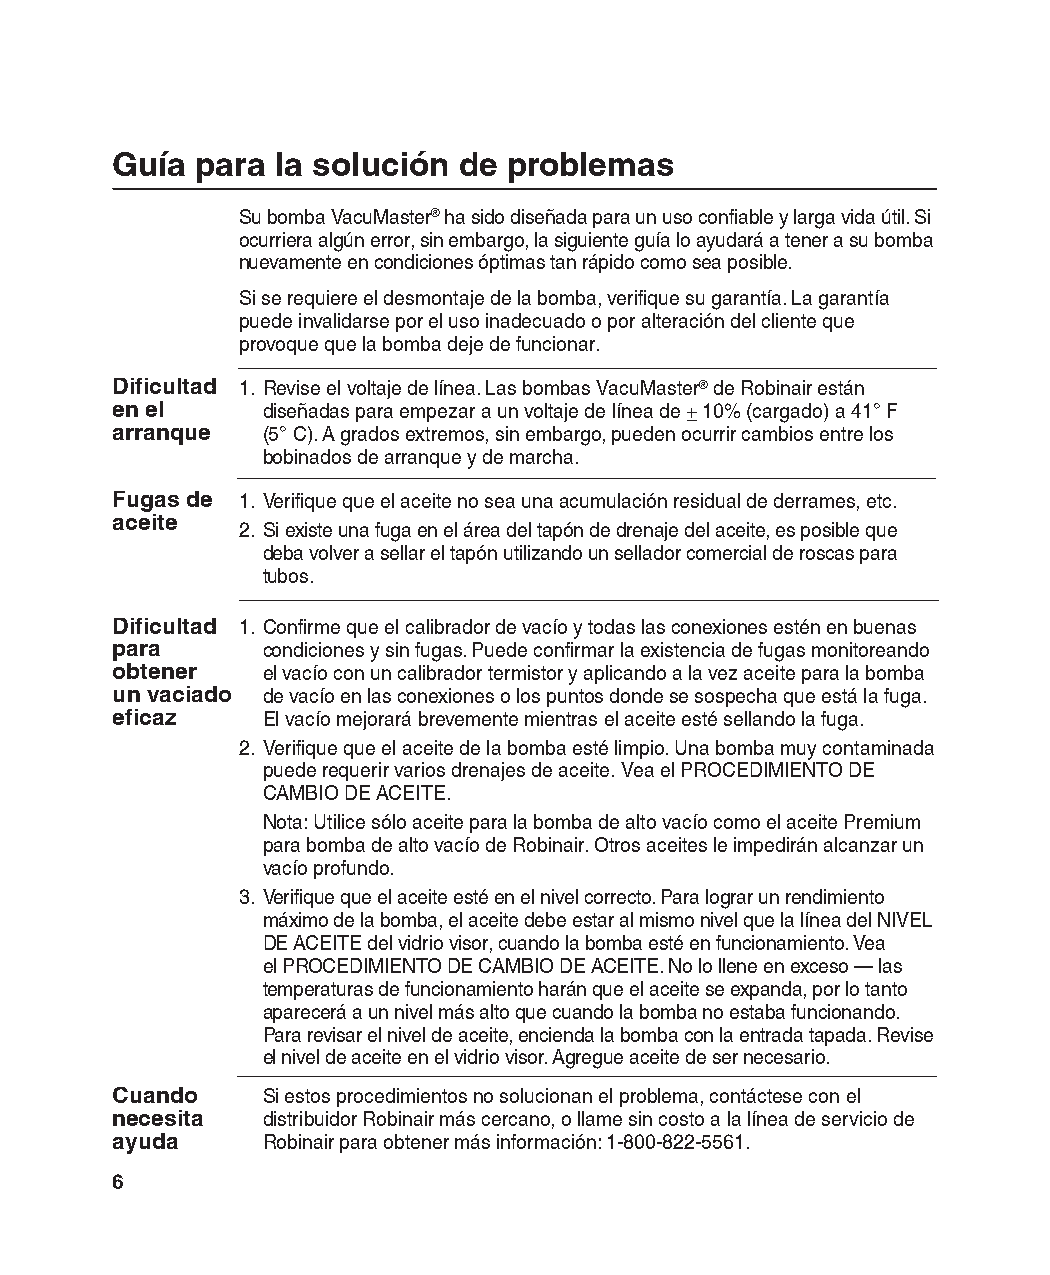
Guía  para la solución de  problemas
 Su bomba VacuMaster® ha sido diseñada para un uso confiable y larga vida útil. Si
 ocurriera algún error, sin embargo, la siguiente guía lo ayudará a tener a su bomba
 nuevamente en condiciones óptimas tan rápido como sea posible.
 Si se requiere el desmontaje de la bomba, verifique su garantía. La garantía
 puede invalidarse por el uso inadecuado o por alteración del cliente que
 provoque que la bomba deje de funcionar.
 Dificultad 1. Revise el voltaje de línea. Las bombas VacuMaster® de Robinair están
 en el     diseñadas para empezar a un voltaje de línea de + 10% (cargado) a 41° F
 arranque  (5° C). A grados extremos, sin embargo, pueden ocurrir cambios entre los
 bobinados de arranque y de marcha.
 Fugas de 1. Verifique que el aceite no sea una acumulación residual de derrames, etc.
 aceite
 2. Si existe una fuga en el área del tapón de drenaje del aceite, es posible que
 deba volver a sellar el tapón utilizando un sellador comercial de roscas para
 tubos.
 Dificultad 1. Confirme que el calibrador de vacío y todas las conexiones estén en buenas
 para      condiciones y sin fugas. Puede confirmar la existencia de fugas monitoreando
 obtener   el vacío con un calibrador termistor y aplicando a la vez aceite para la bomba
 un vaciado de vacío en las conexiones o los puntos donde se sospecha que está la fuga.
 eficaz    El vacío mejorará brevemente mientras el aceite esté sellando la fuga.
 2. Verifique que el aceite de la bomba esté limpio. Una bomba muy contaminada
 puede requerir varios drenajes de aceite. Vea el PROCEDIMIENTO DE
 CAMBIO DE ACEITE.
 Nota: Utilice sólo aceite para la bomba de alto vacío como el aceite Premium
 para bomba de alto vacío de Robinair. Otros aceites le impedirán alcanzar un
 vacío profundo.
 3. Verifique que el aceite esté en el nivel correcto. Para lograr un rendimiento
 máximo de la bomba, el aceite debe estar al mismo nivel que la línea del NIVEL
 DE ACEITE del vidrio visor, cuando la bomba esté en funcionamiento. Vea
 el PROCEDIMIENTO DE CAMBIO DE ACEITE. No lo llene en exceso — las
 temperaturas de funcionamiento harán que el aceite se expanda, por lo tanto
 aparecerá a un nivel más alto que cuando la bomba no estaba funcionando.
 Para revisar el nivel de aceite, encienda la bomba con la entrada tapada. Revise
 el nivel de aceite en el vidrio visor. Agregue aceite de ser necesario.
 Cuando    Si estos procedimientos no solucionan el problema, contáctese con el
 necesita  distribuidor Robinair más cercano, o llame sin costo a la línea de servicio de
 ayuda     Robinair para obtener más información: 1-800-822-5561.
 6